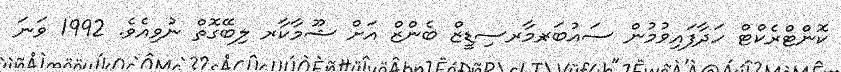
ކޮންޓްރެކްޓް ހަދާފައިވުމުން ސައުބަރ-މާރސިޑީޒް ބެންޒް އަށް ޝޫމާކާރ ލިބޭގޮތް ނުވިއެވެ. 1992 ވަނަ